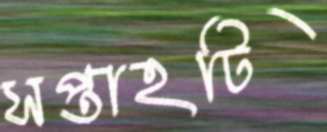
সপ্তাহটি